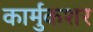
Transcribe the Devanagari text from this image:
कार्मुकशर